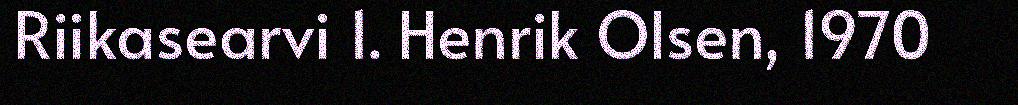
Riikasearvi 1. Henrik Olsen, 1970